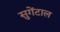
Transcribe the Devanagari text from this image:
सुगेंटाल